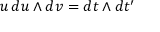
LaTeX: u \, d u \wedge d v = d t \wedge d t ^ { \prime }